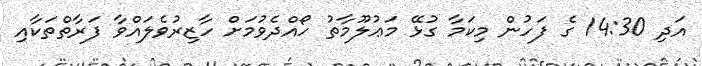
އަދި 14:30 ގެ ފަހުން މިކަމާ ގުޅޭ މަޢުލޫމާތު ހޯއްދެވުމަށް ހާޒިރުވެލައްވާ ފަރާތްތަކާއި